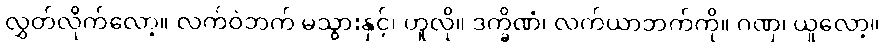
လွှတ်လိုက်လော့။ လက်ဝဲဘက် မသွားနှင့်၊ ဟူလို။ ဒက္ခိဏံ၊ လက်ယာဘက်ကို။ ဂဏှ၊ ယူလော့။